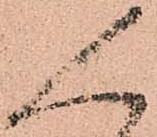
人